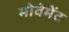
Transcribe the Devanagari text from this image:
मोवेमेंट